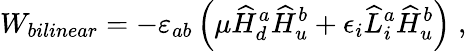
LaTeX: W_{bilinear}=-\varepsilon_{ab}\left(\mu\widehat H_{d}^{a}\widehat H_{u}^{b}+\epsilon_{i}\widehat L_{i}^{a}\widehat H_{u}^{b}\right)\; ,